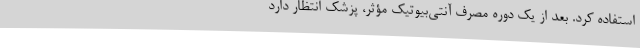
استفاده کرد. بعد از یک دوره مصرف آنتی‌بیوتیک مؤثر، پزشک انتظار دارد